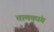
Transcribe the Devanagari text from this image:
तामकांग